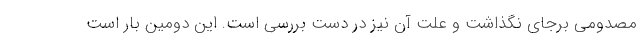
مصدومی برجای نگذاشت و علت آن نیز در دست بررسی است. این دومین بار است